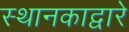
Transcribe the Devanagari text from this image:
स्थानकाद्वारे